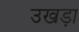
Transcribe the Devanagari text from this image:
उखड़ा